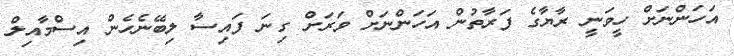
އަހަންނަށް ހީވަނީ ރާޔާގެ ފަރާތުން އަހަންނަށް ވަރަށް ގިނަ ފައިސާ ލިބޭނެހެން އިސްމާއިލް